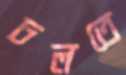
ঢলতে